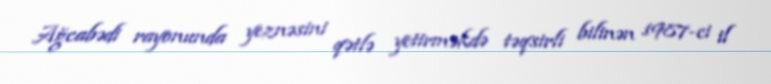
Ağcabədi rayonunda yeznəsini qətlə yetirməkdə təqsirli bilinən 1987-ci il